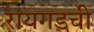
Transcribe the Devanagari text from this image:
रायगडची